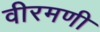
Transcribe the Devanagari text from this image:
वीरमणी